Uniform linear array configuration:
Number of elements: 24
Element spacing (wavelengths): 1
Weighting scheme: exponential
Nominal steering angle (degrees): -45
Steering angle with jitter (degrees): -44.001
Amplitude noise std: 0.05
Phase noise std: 0.05

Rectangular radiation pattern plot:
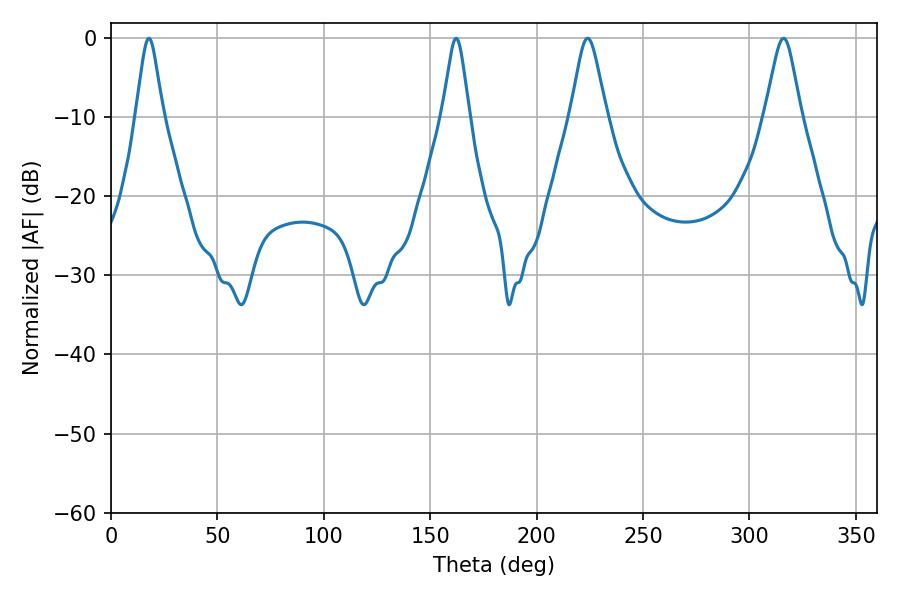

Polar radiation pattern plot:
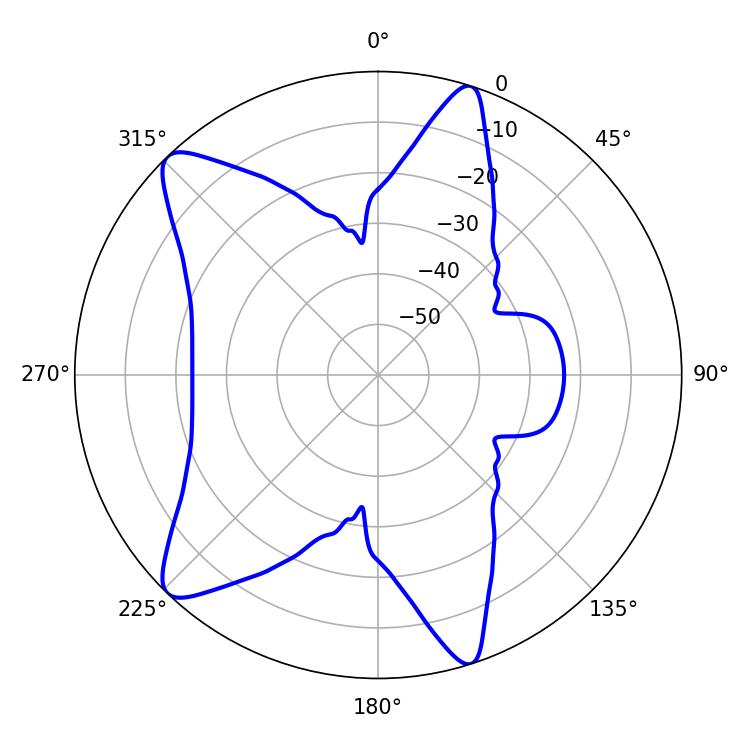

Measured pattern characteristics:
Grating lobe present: TRUE
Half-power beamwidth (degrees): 6.12
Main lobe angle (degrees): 17.82